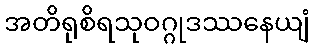
အတိရုစိရသုဝဂ္ဂုဒဿနေယျံ